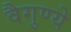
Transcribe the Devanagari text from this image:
वैगुण्ये